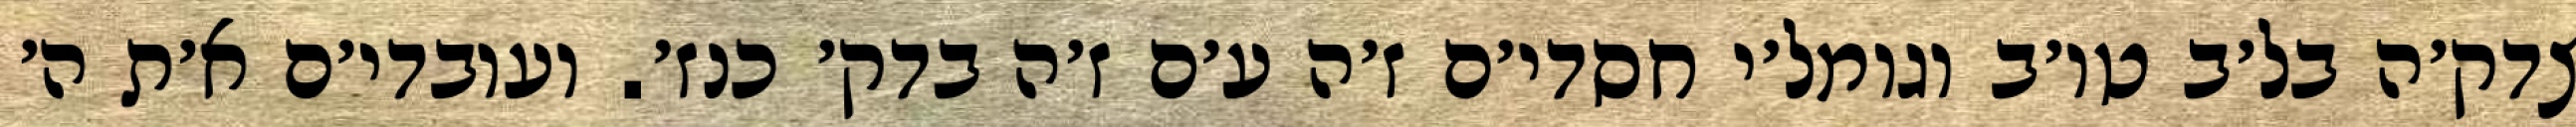
צדק׳ה בל׳ב טו׳ב וגומל׳י חסדי׳ם ז׳ה ע׳ם ז׳ה בדק׳ כנז׳. ועובדי׳ם א׳ת ה׳